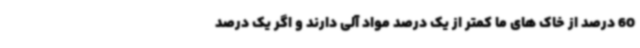
60 درصد از خاک های ما کمتر از یک درصد مواد آلی دارند و اگر یک درصد